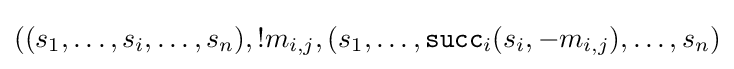
((s_{1},\dots ,s_{i},\dots ,s_{n}),!m_{i,j},(s_{1},\dots ,{\mathtt {succ}}_{i}(s_{i},-m_{i,j}),\dots ,s_{n})